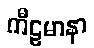
ကီဠမာနာ